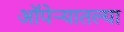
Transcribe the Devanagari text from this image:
ऑपेऱ्यातल्या